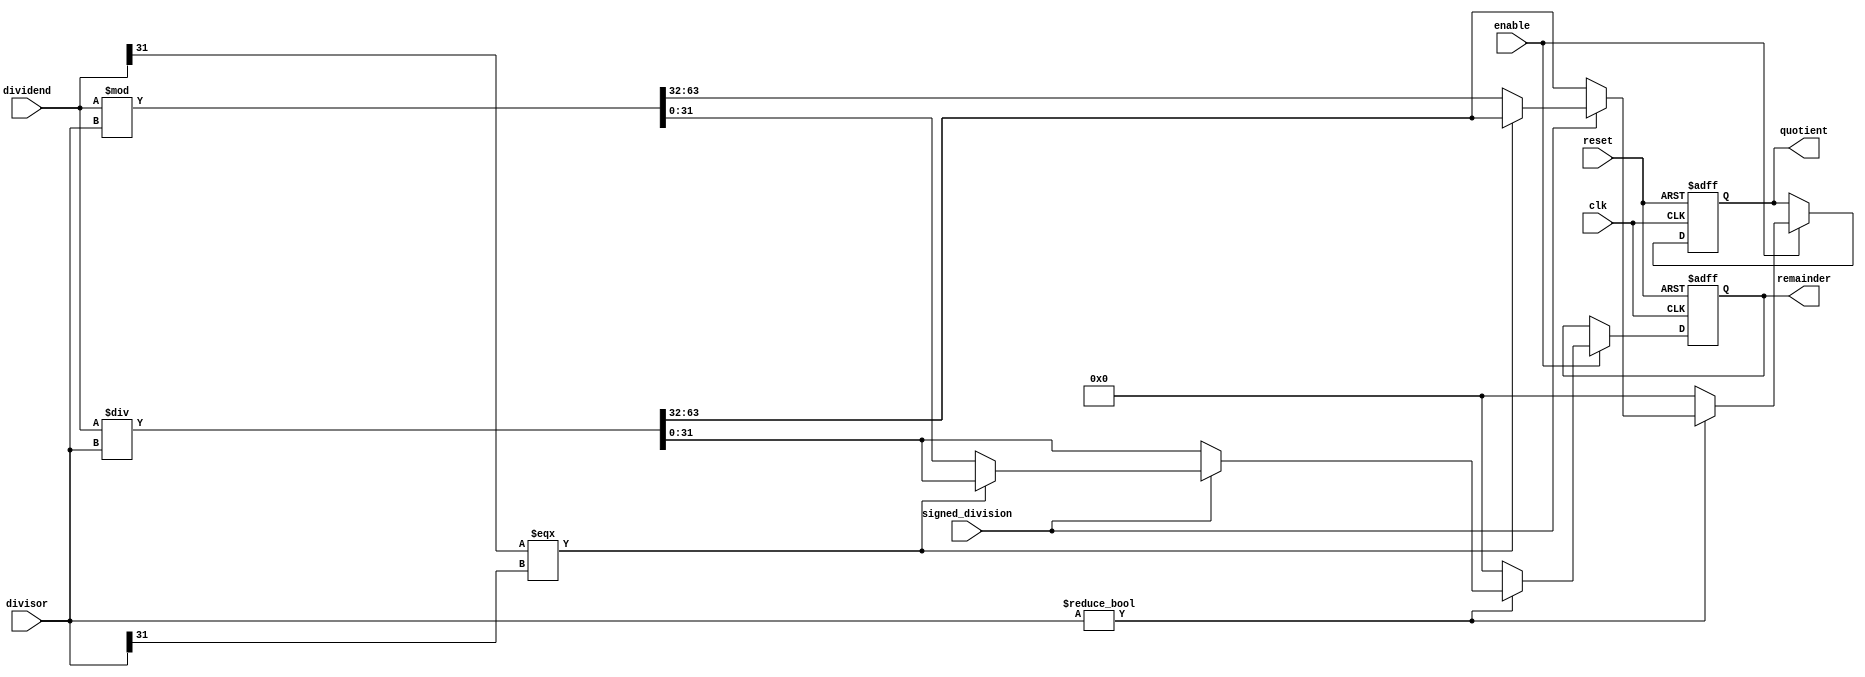
module synchronous_divider (
  input wire clk, // Clock signal
  input wire reset, // Reset signal
  input wire enable, // Enable signal
  input wire signed_division, // Signal indicating whether division should be signed or unsigned
  input wire [31:0] dividend, // Dividend signal
  input wire [31:0] divisor, // Divisor signal
  output wire [31:0] quotient, // Quotient signal
  output wire [31:0] remainder // Remainder signal
);

reg [31:0] quotient_reg; // Register for storing the quotient
reg [31:0] remainder_reg; // Register for storing the remainder

always @(posedge clk or posedge reset) begin
  if (reset) begin
    quotient_reg <= 0;
    remainder_reg <= 0;
  end else begin
    if (enable) begin
      if (divisor != 0) begin
        if (signed_division) begin
          if (dividend[31] === divisor[31]) begin
            {quotient_reg, remainder_reg} <= dividend / divisor;
          end else begin
            {quotient_reg, remainder_reg} <= dividend % divisor;
          end
        end else begin
          {quotient_reg, remainder_reg} <= dividend / divisor;
        end
      end else begin
        // Handle division by zero
        quotient_reg <= 0;
        remainder_reg <= 0;
      end
    end
  end
end

assign quotient = quotient_reg;
assign remainder = remainder_reg;

endmodule